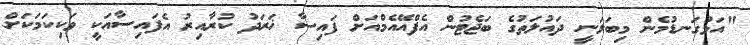
"އަޅުގަނޑުމެން މިބަލަނީ ދައުލަތުގެ ބަޖެޓުން އެފްއޭއެމްއަށް ފައިސާ ޚަރަދު ކުރާއިރު އެފައިސާއަކީ ވަކިކަމަކަށް